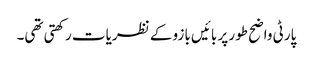
پارٹی واضح طور پر بائیں بازو کے نظریات رکھتی تھی۔